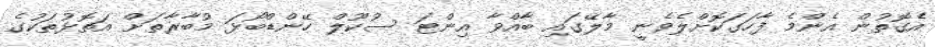
އެގޮތުން އެންމެ ފާހަގަކޮށްލެވެނީ މާލޭގައި ބާއްވާ އިންޓަ ސުކޫލް ހޭންޑްބޯޅަ މުބާރާތަށް އަތޮޅުތަކުގެ